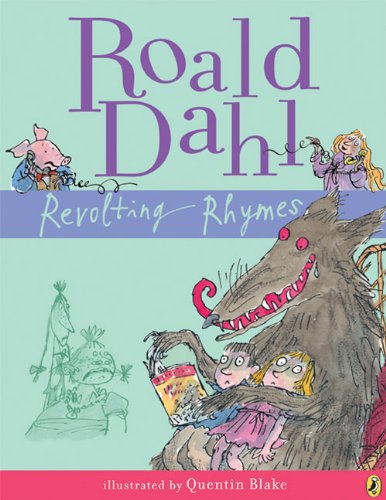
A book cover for Revolting Rhymes; Roald Dahl; Children's Books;